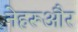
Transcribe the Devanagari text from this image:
नेहरूऔर